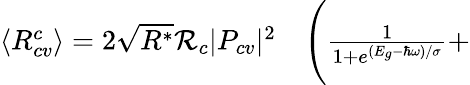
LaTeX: \begin{array}{rl}{\langle R_{cv}^{c}\rangle=2\sqrt{R^{*}}\mathcal{R}_{c}|P_{cv}|^{2}}&{{}\Bigg(\frac{1}{1+e^{(E_{g}-\hbar\omega)/\sigma}}+}\end{array}